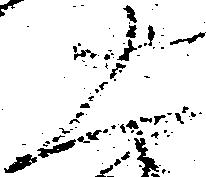
大